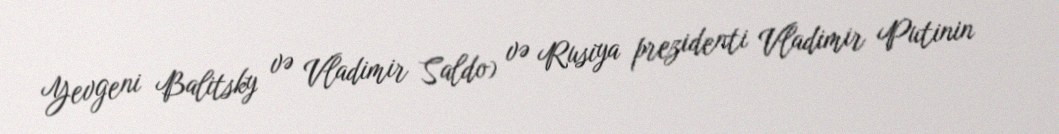
Yevgeni Balitsky və Vladimir Saldo) və Rusiya prezidenti Vladimir Putinin